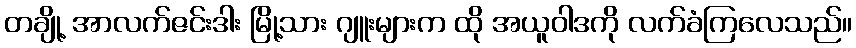
တချို့ အာလက်ဇင်းဒါး မြို့သား ဂျူးများက ထို အယူဝါဒကို လက်ခံကြလေသည်။